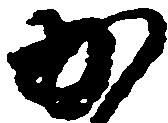
か